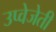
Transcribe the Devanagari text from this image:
उप्वेजेती